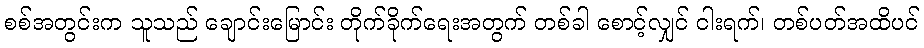
စစ်အတွင်းက သူသည် ချောင်းမြောင်း တိုက်ခိုက်ရေးအတွက် တစ်ခါ စောင့်လျှင် ငါးရက်၊ တစ်ပတ်အထိပင်